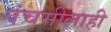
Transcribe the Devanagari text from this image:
पंचमीलाही